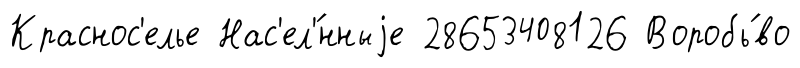
Краснос'елье Нас'ел'́нныjе 28653408126 Воробь́во